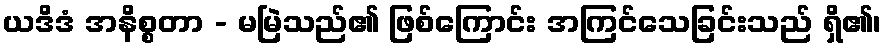
ယဒိဒံ အနိစ္စတာ - မမြဲသည်၏ ဖြစ်ကြောင်း အကြင်သေခြင်းသည် ရှိ၏၊